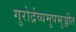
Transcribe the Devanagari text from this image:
गुरोर्द्रव्यमुपभुञ्जीत